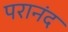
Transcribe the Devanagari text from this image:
परानंद